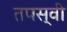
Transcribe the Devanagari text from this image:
तपस्‍वी